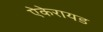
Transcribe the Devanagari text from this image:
ऐकेरायड